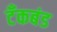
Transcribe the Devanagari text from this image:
टॅंकबंड